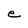
Character: e